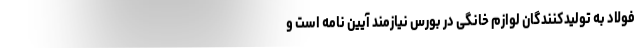
فولاد به تولیدکنندگان لوازم خانگی در بورس نیازمند آیین نامه است و